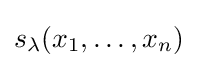
s_{\lambda }(x_{1},\ldots ,x_{n})